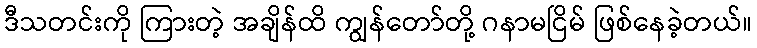
ဒီသတင်းကို ကြားတဲ့ အချိန်ထိ ကျွန်တော်တို့ ဂနာမငြိမ် ဖြစ်နေခဲ့တယ်။